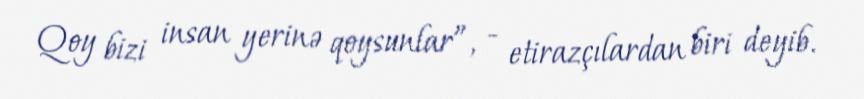
Qoy bizi insan yerinə qoysunlar”, - etirazçılardan biri deyib.